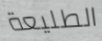
الطليعة